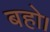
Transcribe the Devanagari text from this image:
बहो।